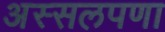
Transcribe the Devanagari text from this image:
अस्सलपणा